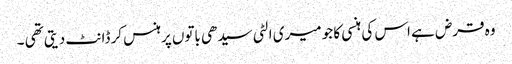
وہ قرض ہے اس کی ہنسی کا جو میری الٹی سیدھی باتوں پرہنس کر ڈانٹ دیتی تھی ۔